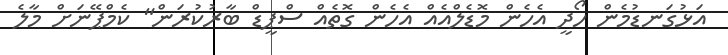
އަޅުގަނޑުމެން ހޯދީ އެހެން މޮޑެލްއެއް އެހެން ގޮތެއް ސްޕީޑް ބާރުކުރަން" ކެމްޕޭނަށް މާލެ